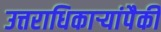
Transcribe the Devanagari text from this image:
उत्तराधिकाऱ्यांपैकी